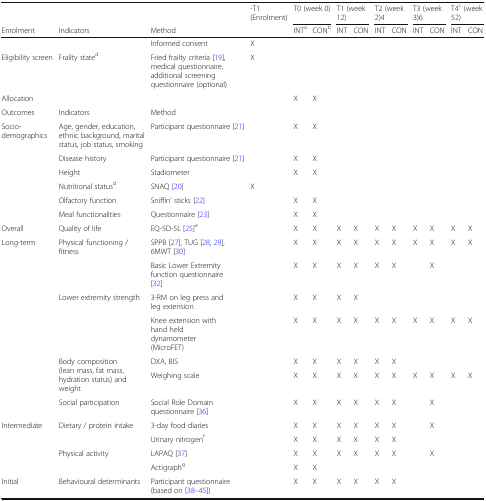
<table><thead><tr><td></td><td></td><td></td><td><b>-T1 (Enrolment)</b></td><td colspan="2"><b>T0 (week 0)</b></td><td colspan="2"><b>T1 (week 12)</b></td><td colspan="2"><b>T2 (week 2)4</b></td><td colspan="2"><b>T3 (week 3)6</b></td><td colspan="2"><b>T4<sup>c</sup> (week 52)</b></td></tr><tr><td><b>Enrolment</b></td><td><b>Indicators</b></td><td><b>Method</b></td><td></td><td><b>INT<sup>a</sup></b></td><td><b>CON<sup>b</sup></b></td><td><b>INT</b></td><td><b>CON</b></td><td><b>INT</b></td><td><b>CON</b></td><td><b>INT</b></td><td><b>CON</b></td><td><b>INT</b></td><td><b>CON</b></td></tr></thead><tbody><tr><td></td><td></td><td>Informed consent</td><td>X</td><td></td><td></td><td></td><td></td><td></td><td></td><td></td><td></td><td></td><td></td></tr><tr><td>Eligibility screen</td><td>Frailty state<sup>d</sup></td><td>Fried frailty criteria [19], medical questionnaire, additional screening questionnaire (optional)</td><td>X</td><td></td><td></td><td></td><td></td><td></td><td></td><td></td><td></td><td></td><td></td></tr><tr><td>Allocation</td><td></td><td></td><td></td><td>X</td><td>X</td><td></td><td></td><td></td><td></td><td></td><td></td><td></td><td></td></tr><tr><td>Outcomes</td><td>Indicators</td><td>Method</td><td></td><td></td><td></td><td></td><td></td><td></td><td></td><td></td><td></td><td></td><td></td></tr><tr><td rowspan="6">Socio-demographics</td><td>Age, gender, education, ethnic background, marital status, job status, smoking</td><td>Participant questionnaire [21]</td><td></td><td>X</td><td>X</td><td></td><td></td><td></td><td></td><td></td><td></td><td></td><td></td></tr><tr><td>Disease history</td><td>Participant questionnaire [21]</td><td></td><td>X</td><td>X</td><td></td><td></td><td></td><td></td><td></td><td></td><td></td><td></td></tr><tr><td>Height</td><td>Stadiometer</td><td></td><td>X</td><td>X</td><td></td><td></td><td></td><td></td><td></td><td></td><td></td><td></td></tr><tr><td>Nutritional status<sup>d</sup></td><td>SNAQ [20]</td><td>X</td><td></td><td></td><td></td><td></td><td></td><td></td><td></td><td></td><td></td><td></td></tr><tr><td>Olfactory function</td><td>Sniffin’ sticks [22]</td><td></td><td>X</td><td>X</td><td></td><td></td><td></td><td></td><td></td><td></td><td></td><td></td></tr><tr><td>Meal functionalities</td><td>Questionnaire [23]</td><td></td><td>X</td><td>X</td><td></td><td></td><td></td><td></td><td></td><td></td><td></td><td></td></tr><tr><td>Overall</td><td>Quality of life</td><td>EQ-5D-5L [25]<sup>e</sup></td><td></td><td>X</td><td>X</td><td>X</td><td>X</td><td>X</td><td>X</td><td>X</td><td>X</td><td>X</td><td>X</td></tr><tr><td rowspan="7">Long-term</td><td rowspan="2">Physical functioning / fitness</td><td>SPPB [27], TUG [28, 29], 6MWT [30]</td><td></td><td>X</td><td>X</td><td>X</td><td>X</td><td>X</td><td>X</td><td>X</td><td>X</td><td>X</td><td>X</td></tr><tr><td>Basic Lower Extremity function questionnaire [32]</td><td></td><td>X</td><td>X</td><td>X</td><td>X</td><td>X</td><td>X</td><td></td><td>X</td><td></td><td></td></tr><tr><td rowspan="2">Lower extremity strength</td><td>3-RM on leg press and leg extension</td><td></td><td>X</td><td>X</td><td>X</td><td>X</td><td></td><td></td><td></td><td></td><td></td><td></td></tr><tr><td>Knee extension with hand held dynamometer (MicroFET)</td><td></td><td>X</td><td>X</td><td>X</td><td>X</td><td>X</td><td>X</td><td>X</td><td>X</td><td>X</td><td>X</td></tr><tr><td rowspan="2">Body composition (lean mass, fat mass, hydration status) and weight</td><td>DXA, BIS</td><td></td><td>X</td><td>X</td><td>X</td><td>X</td><td>X</td><td>X</td><td></td><td></td><td></td><td></td></tr><tr><td>Weighing scale</td><td></td><td>X</td><td>X</td><td>X</td><td>X</td><td>X</td><td>X</td><td>X</td><td>X</td><td>X</td><td>X</td></tr><tr><td>Social participation</td><td>Social Role Domain questionnaire [36]</td><td></td><td>X</td><td>X</td><td>X</td><td>X</td><td>X</td><td>X</td><td></td><td>X</td><td></td><td></td></tr><tr><td rowspan="4">Intermediate</td><td rowspan="2">Dietary / protein intake</td><td>3-day food diaries</td><td></td><td>X</td><td>X</td><td>X</td><td>X</td><td>X</td><td>X</td><td></td><td>X</td><td></td><td></td></tr><tr><td>Urinary nitrogen<sup>f</sup></td><td></td><td>X</td><td>X</td><td>X</td><td>X</td><td>X</td><td>X</td><td></td><td></td><td></td><td></td></tr><tr><td rowspan="2">Physical activity</td><td>LAPAQ [37]</td><td></td><td>X</td><td>X</td><td>X</td><td>X</td><td>X</td><td>X</td><td></td><td>X</td><td></td><td></td></tr><tr><td>Actigraph<sup>g</sup></td><td></td><td>X</td><td>X</td><td></td><td></td><td></td><td></td><td></td><td></td><td></td><td></td></tr><tr><td>Initial</td><td>Behavioural determinants</td><td>Participant questionnaire (based on [38–45])</td><td></td><td>X</td><td>X</td><td>X</td><td>X</td><td>X</td><td>X</td><td></td><td></td><td></td><td></td></tr></tbody></table>